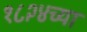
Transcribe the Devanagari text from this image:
१८२४च्या